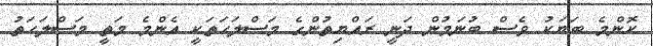
ކޮންމެ ބަޔަކު ވެސް ބުނަމުން ދަނީ ރައްޔިތުންގެ މަސްލަހަތަކީ އެންމެ މަތީ މަސްލަހަތު